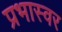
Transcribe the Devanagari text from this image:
प्रभास्वर